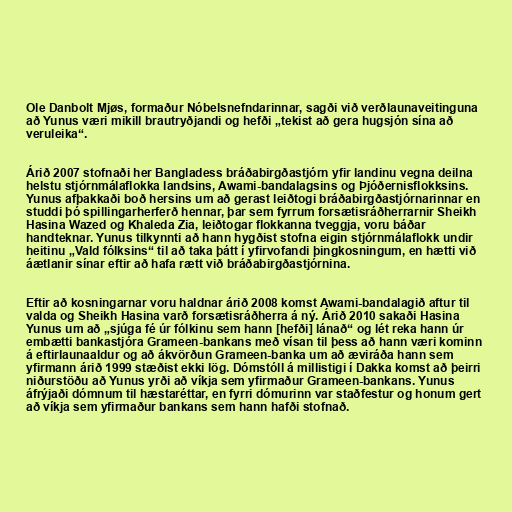
Ole Danbolt Mjøs, formaður Nóbelsnefndarinnar, sagði við verðlaunaveitinguna
að Yunus væri mikill brautryðjandi og hefði „tekist að gera hugsjón sína að
veruleika“.

Árið 2007 stofnaði her Bangladess bráðabirgðastjórn yfir landinu vegna deilna
helstu stjórnmálaflokka landsins, Awami-bandalagsins og Þjóðernisflokksins.
Yunus afþakkaði boð hersins um að gerast leiðtogi bráðabirgðastjórnarinnar en
studdi þó spillingarherferð hennar, þar sem fyrrum forsætisráðherrarnir Sheikh
Hasina Wazed og Khaleda Zia, leiðtogar flokkanna tveggja, voru báðar
handteknar. Yunus tilkynnti að hann hygðist stofna eigin stjórnmálaflokk undir
heitinu „Vald fólksins“ til að taka þátt í yfirvofandi þingkosningum, en hætti við
áætlanir sínar eftir að hafa rætt við bráðabirgðastjórnina.

Eftir að kosningarnar voru haldnar árið 2008 komst Awami-bandalagið aftur til
valda og Sheikh Hasina varð forsætisráðherra á ný. Árið 2010 sakaði Hasina
Yunus um að „sjúga fé úr fólkinu sem hann [hefði] lánað“ og lét reka hann úr
embætti bankastjóra Grameen-bankans með vísan til þess að hann væri kominn
á eftirlaunaaldur og að ákvörðun Grameen-banka um að æviráða hann sem
yfirmann árið 1999 stæðist ekki lög. Dómstóll á millistigi í Dakka komst að þeirri
niðurstöðu að Yunus yrði að víkja sem yfirmaður Grameen-bankans. Yunus
áfrýjaði dómnum til hæstaréttar, en fyrri dómurinn var staðfestur og honum gert
að víkja sem yfirmaður bankans sem hann hafði stofnað.